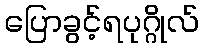
ပြောခွင့်ရပုဂ္ဂိုလ်